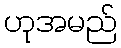
ဟုအမည်